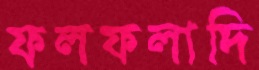
ফলফলাদি